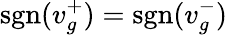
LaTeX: \textrm{sgn}(v_{g}^{+})=\textrm{sgn}(v_{g}^{-})